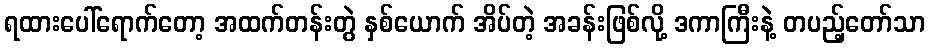
ရထားပေါ်ရောက်တော့ အထက်တန်းတွဲ နှစ်ယောက် အိပ်တဲ့ အခန်းဖြစ်လို့ ဒကာကြီးနဲ့ တပည့်တော်သာ